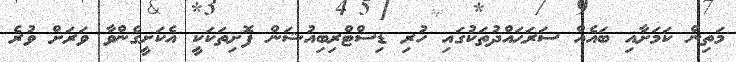
މަތިން ކަމަށާއި ބައެއް ސަރަޙައްދުތަކުގައި ހުރި ޑިސްޓްރިބިއުޝަން ފޮށިތަކަކީ އެކަށީގެންވާ ވަރަށް ވުރެ